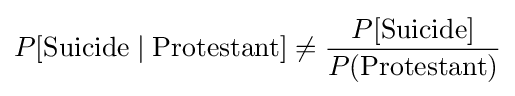
P[{\text{Suicide}}\mid {\text{Protestant}}]\neq {\frac {P[{\text{Suicide}}]}{P({\text{Protestant}})}}